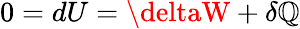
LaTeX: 0=dU=\deltaW+\delta\mathbb{Q}